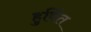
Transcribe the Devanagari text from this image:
हुर्वित